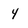
Character: 4